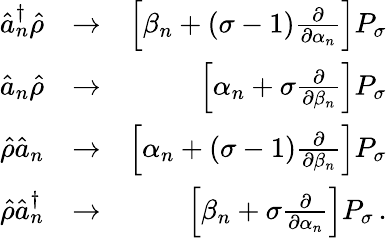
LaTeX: \begin{array}{rlr}{\hat{a}_{n}^{\dagger}\hat{\rho}}&{\rightarrow}&{\left[\beta_{n}+\left(\sigma-1\right)\frac{\partial}{\partial\alpha_{n}}\right]P_{\sigma}}\\ {\hat{a}_{n}\hat{\rho}}&{\rightarrow}&{\left[\alpha_{n}+\sigma\frac{\partial}{\partial\beta_{n}}\right]P_{\sigma}}\\ {\hat{\rho}\hat{a}_{n}}&{\rightarrow}&{\left[\alpha_{n}+\left(\sigma-1\right)\frac{\partial}{\partial\beta_{n}}\right]P_{\sigma}}\\ {\hat{\rho}\hat{a}_{n}^{\dagger}}&{\rightarrow}&{\left[\beta_{n}+\sigma\frac{\partial}{\partial\alpha_{n}}\right]P_{\sigma}\, .}\end{array}